NAE_EAA_P-1039_Kommunismi_Majak_kalurikolhoos, lk 27
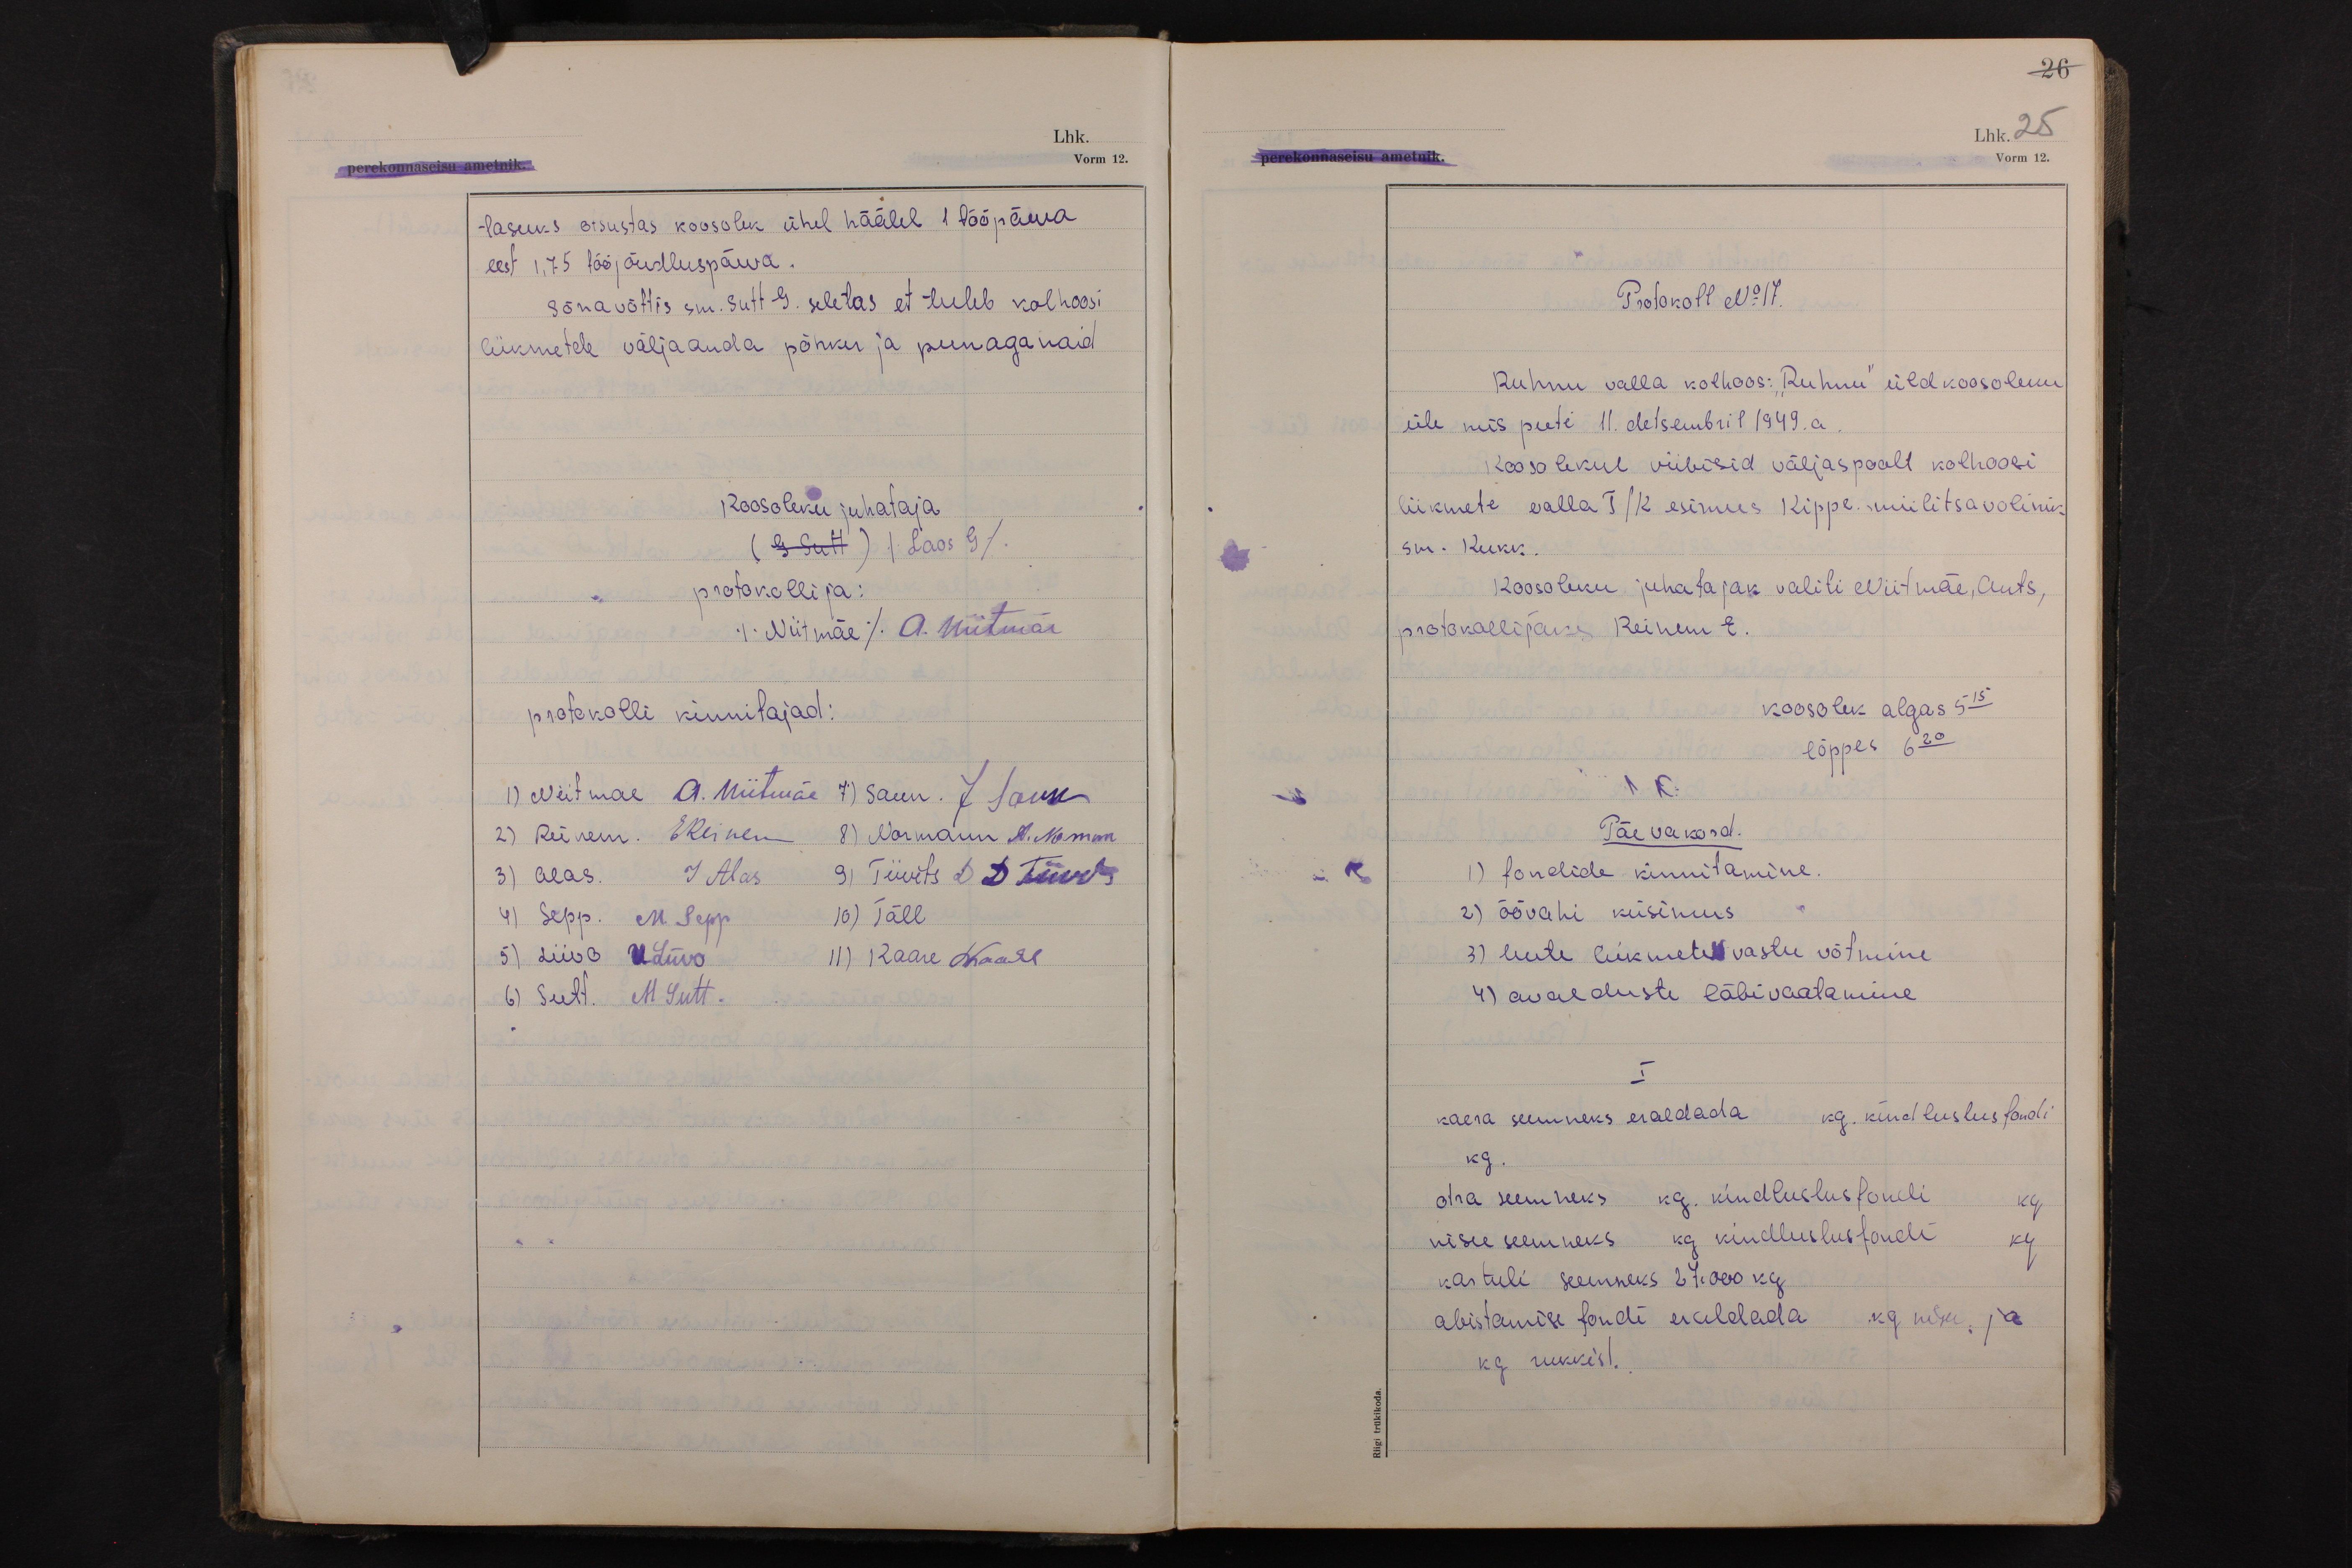
26
Lhk. 25
Vorm 12.

tasuks otsustas koosolek ühel häälel 1 tööpäeva
eest 1,75 tööjõudluspäeva.
Sõna võttis sm. Sutt G. seletas et tuleb kolhoosi
liikmetele väljaanda põhku ja peenaganaid
Koosoleku juhataja
(G Sutt) (Laos G)
protokollija:
(Niitmäe) A. Niitmäe
protokolli kinnitajad:
1) Niitmae A. Niitmäe 7) Saun. J Saun
2) Reinem. EReinem 8) Normann N. Norman
3) Alas. J Alas 9) Tiivits D D Tiivits
4) Sepp. M. Sepp 10) Täll
5) Liivo VLiivo 11) Kaare LKaare
6) Sutt. M Sutt.

Protokoll No 17.
Ruhnu valla kolhoos: "Ruhnu" üldkoosoleku
üle mis peeti 11. detsembril 1949.a.
Koosolekul viibisid väljaspoolt kolhoosi
liikmete valla T/K esimees Kippe. miilitsavolinik
sm. Kukk.
Koosoleku juhatajak valiti Niitmäe, Ants,
protokollijaks Reinem E.
koosolek algas 5 15
lõppes 6 20
Päevakord.
1) fondide kinnitamine.
2) öövahi küsimus
3) uute liikmete vastu võtmine
4) avalduste läbivaatamine
I
kaera seemneks eraldada kg. kindluslusfondi
kg.
otra seemneks kg. kindluslusfondi kg
nisu seemneks kg kindluslusfondi kg
kartuli seemneks 27.000 kg
abistamise fondi eraldada kg nisu ja
kg rukkist.